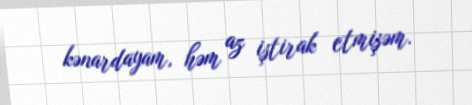
kənardayam, həm az iştirak etmişəm.